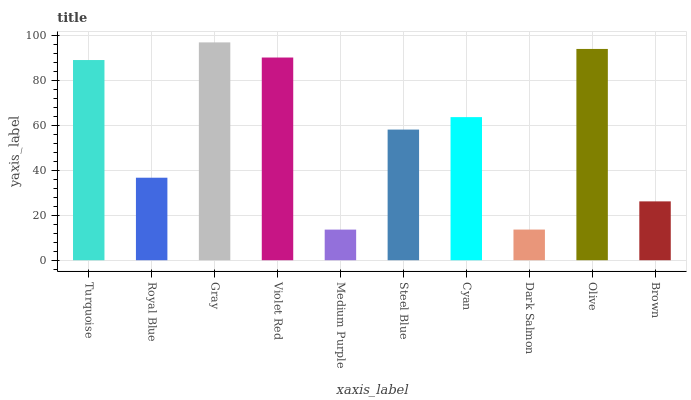
| xaxis_label | bars |
 | --- | --- |
 | Turquoise | 89.3 |
 | Royal Blue | 36.8 |
 | Gray | 97.1 |
 | Violet Red | 90.4 |
 | Medium Purple | 13.7 |
 | Steel Blue | 58.3 |
 | Cyan | 63.8 |
 | Dark Salmon | 13.7 |
 | Olive | 94.2 |
 | Brown | 26.2 |